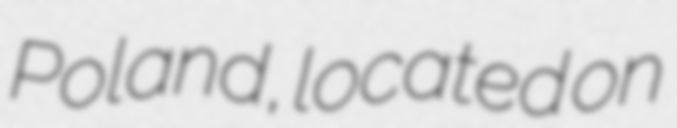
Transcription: Poland, located on